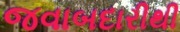
જવાબદારીથી